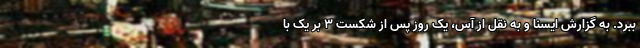
ببرد. به گزارش ایسنا و به نقل از آس، یک روز پس از شکست ۳ بر یک با